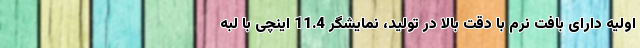
اولیه دارای بافت نرم با دقت بالا در تولید، نمایشگر 11.4 اینچی با لبه